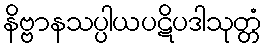
နိဗ္ဗာနသပ္ပါယပဋိပဒါသုတ္တံ